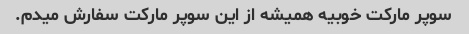
سوپر مارکت خوبیه همیشه از این سوپر مارکت سفارش میدم.